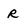
Character: r